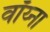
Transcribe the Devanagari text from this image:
वॉय्ना